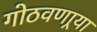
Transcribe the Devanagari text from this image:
गोठवणार्‍या